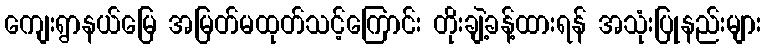
ကျေးရွာနယ်မြေ အမြတ်မထုတ်သင့်ကြောင်း တိုးချဲ့ခန့်ထားရန် အသုံးပြုနည်းများ